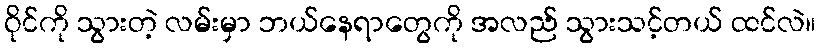
ဝိုင်ကို သွားတဲ့ လမ်းမှာ ဘယ်နေရာတွေကို အလည် သွားသင့်တယ် ထင်လဲ။